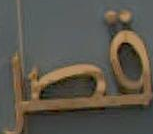
قصر